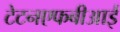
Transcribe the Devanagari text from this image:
टेटनएफबीआई